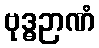
ဗုဒ္ဓဉာဏံ